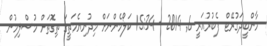
މާންބީދަގުރޭޓް ފެބުރުއަރީ 6